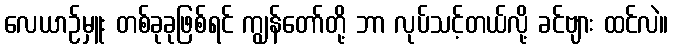
လေယာဉ်မှူး တစ်ခုခုဖြစ်ရင် ကျွန်တော်တို့ ဘာ လုပ်သင့်တယ်လို့ ခင်ဗျား ထင်လဲ။